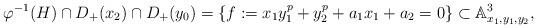
LaTeX: \begin{align*}\varphi^{-1}(H) \cap D_+(x_2) \cap D_+(y_0) = \{ f := x_1y_1^p + y_2^p + a_1x_1+ a_2 =0\} \subset \mathbb A^3_{x_1, y_1, y_2}, \end{align*}